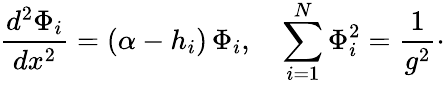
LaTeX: {\frac{d^{2}\Phi_{i}}{dx^{2}}}=(\alpha-h_{i})\, \Phi_{i},\quad\sum_{i=1}^{N}\Phi_{i}^{2}={\frac{1}{g^{2}}}\cdotp